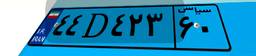
۷۷D۵۰۱۷۷